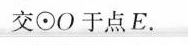
交\odot O于点E。